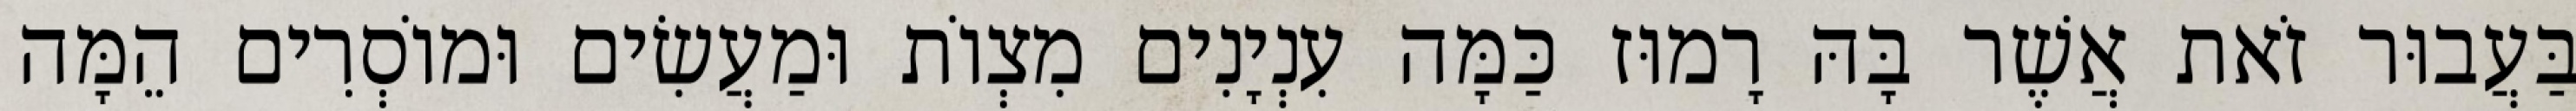
בַּעֲבוּר זֹאת אֲשֶׁר בָּהּ רָמוּז כַּמָּה עִנְיָנִים מִצְוֹת וּמַעֲשִׂים וּמוֹסְרִים הֵמָּה